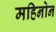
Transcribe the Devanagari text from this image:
महिनोन